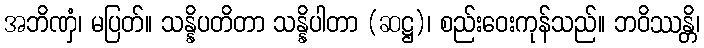
အဘိဏှံ၊ မပြတ်။ သန္နိပတိတာ သန္နိပါတာ (ဆဋ္ဌ)၊ စည်းဝေးကုန်သည်။ ဘဝိဿန္တိ၊